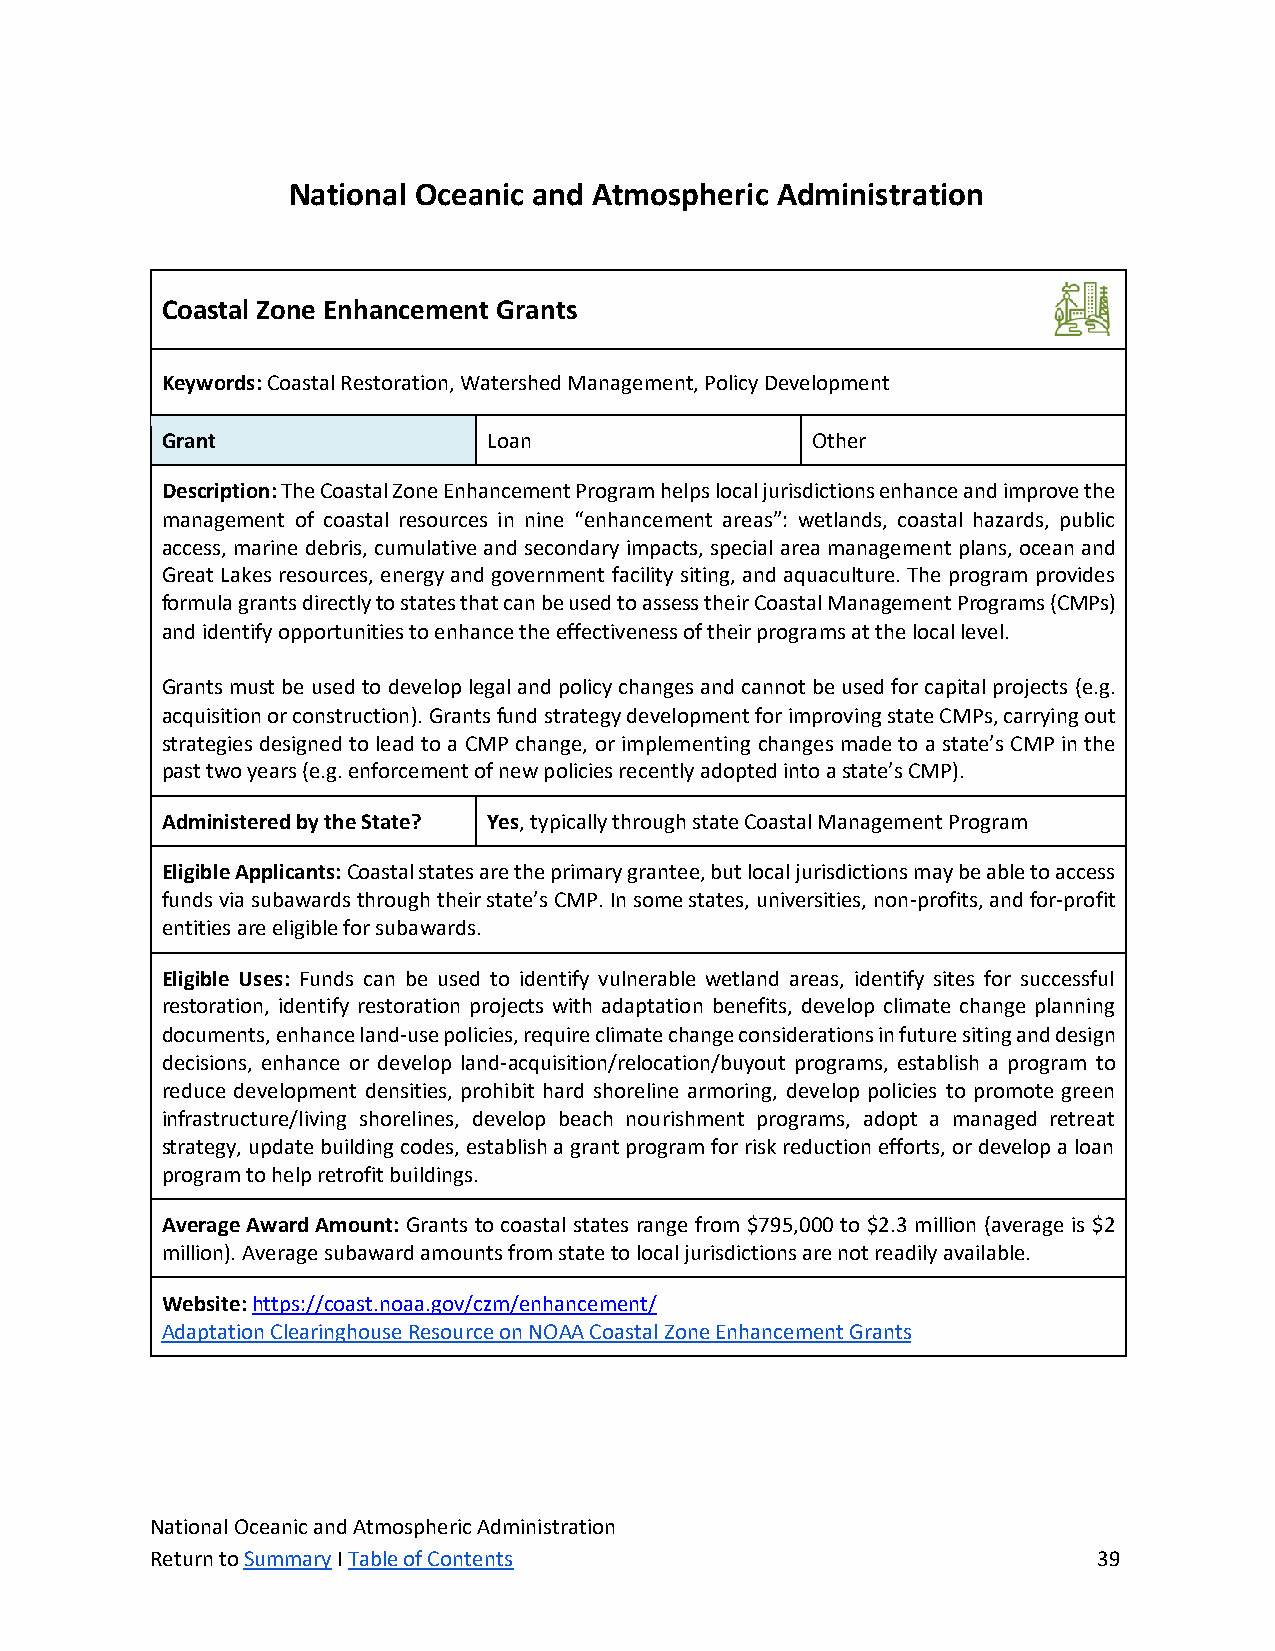
National Oceanic and Atmospheric Administration
 Coastal Zone Enhancement Grants
 Keywords: Coastal Restoration, Watershed Management, Policy Development
 Grant                Loan                  Other
 Description: The Coastal Zone Enhancement Program helps local jurisdictions enhance and improve the
 management of coastal resources in nine “enhancement areas”: wetlands, coastal hazards, public
 access, marine debris, cumulative and secondary impacts, special area management plans, ocean and
 Great Lakes resources, energy and government facility siting, and aquaculture. The program provides
 formula grants directly to states that can be used to assess their Coastal Management Programs (CMPs)
 and identify opportunities to enhance the effectiveness of their programs at the local level.
 Grants must be used to develop legal and policy changes and cannot be used for capital projects (e.g.
 acquisition or construction). Grants fund strategy development for improving state CMPs, carrying out
 strategies designed to lead to a CMP change, or implementing changes made to a state’s CMP in the
 past two years (e.g. enforcement of new policies recently adopted into a state’s CMP).
 Administered by the State? Yes, typically through state Coastal Management Program
 Eligible Applicants: Coastal states are the primary grantee, but local jurisdictions may be able to access
 funds via subawards through their state’s CMP. In some states, universities, non-profits, and for-profit
 entities are eligible for subawards.
 Eligible Uses: Funds can be used to identify vulnerable wetland areas, identify sites for successful
 restoration, identify restoration projects with adaptation benefits, develop climate change planning
 documents, enhance land-use policies, require climate change considerations in future siting and design
 decisions, enhance or develop land-acquisition/relocation/buyout programs, establish a program to
 reduce development densities, prohibit hard shoreline armoring, develop policies to promote green
 infrastructure/living shorelines, develop beach nourishment programs, adopt a managed retreat
 strategy, update building codes, establish a grant program for risk reduction efforts, or develop a loan
 program to help retrofit buildings.
 Average Award Amount: Grants to coastal states range from $795,000 to $2.3 million (average is $2
 million). Average subaward amounts from state to local jurisdictions are not readily available.
 Website: https://coast.noaa.gov/czm/enhancement/
 Adaptation Clearinghouse Resource on NOAA Coastal Zone Enhancement Grants
 National Oceanic and Atmospheric Administration
 Return to Summary I Table of Contents                          39